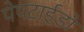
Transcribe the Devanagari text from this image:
पेपटाईडों